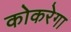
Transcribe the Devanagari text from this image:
कोकरेगा